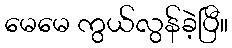
မေမေ ကွယ်လွန်ခဲ့ပြီ။